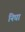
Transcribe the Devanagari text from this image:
निघा